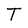
Character: T